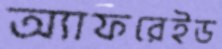
অ্যাফরেইড